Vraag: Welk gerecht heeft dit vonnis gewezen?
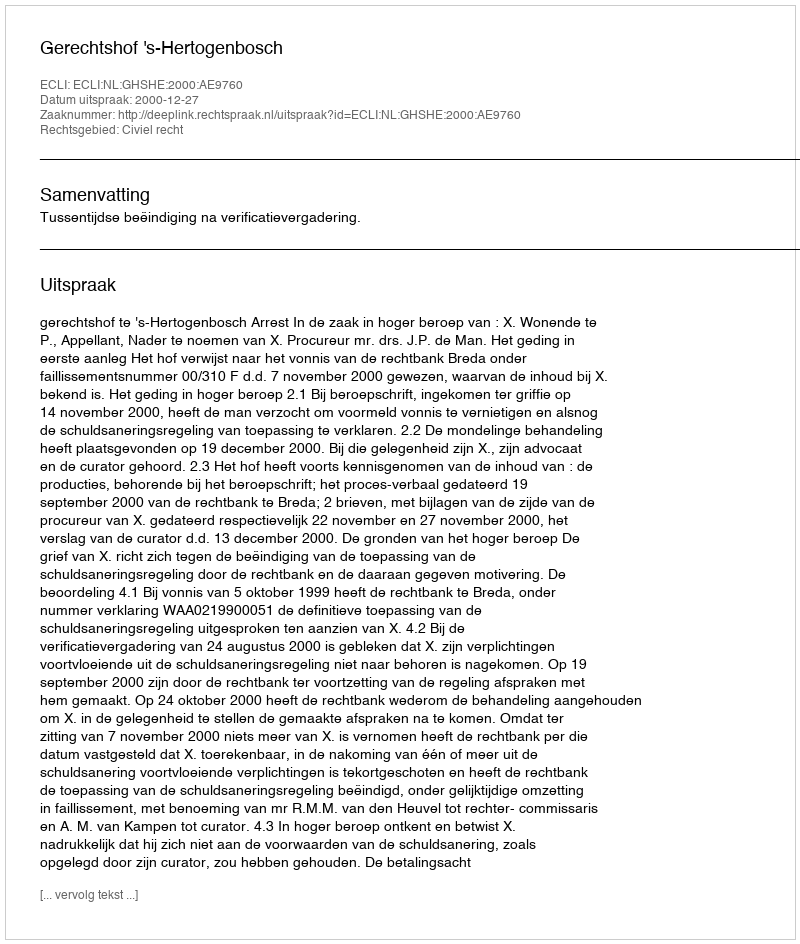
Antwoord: Gerechtshof 's-Hertogenbosch